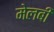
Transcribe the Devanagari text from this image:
मेलबी